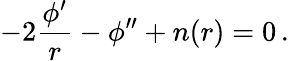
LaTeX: -2\frac{\phi^{\prime}}r-\phi^{\prime\prime}+n(r)=0\, .